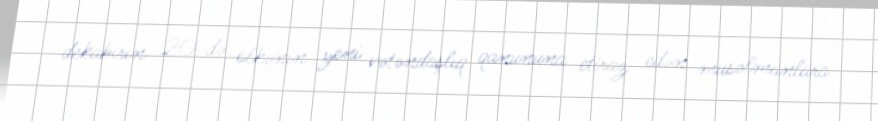
dekabırın 20-də ölkənin yeni vətəndaşlıq qanununa etiraz edən müsəlmanlara